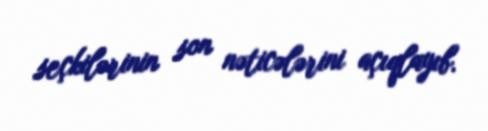
seçkilərinin son nəticələrini açıqlayıb.